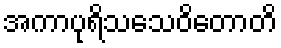
အကာပုရိသသေဝိတောတိ